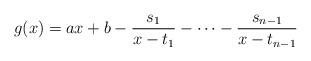
LaTeX: \begin{align*}g(x)=ax+b-\frac{s_1}{x-t_1}-\dots-\frac{s_{n-1}}{x-t_{n-1}}\end{align*}